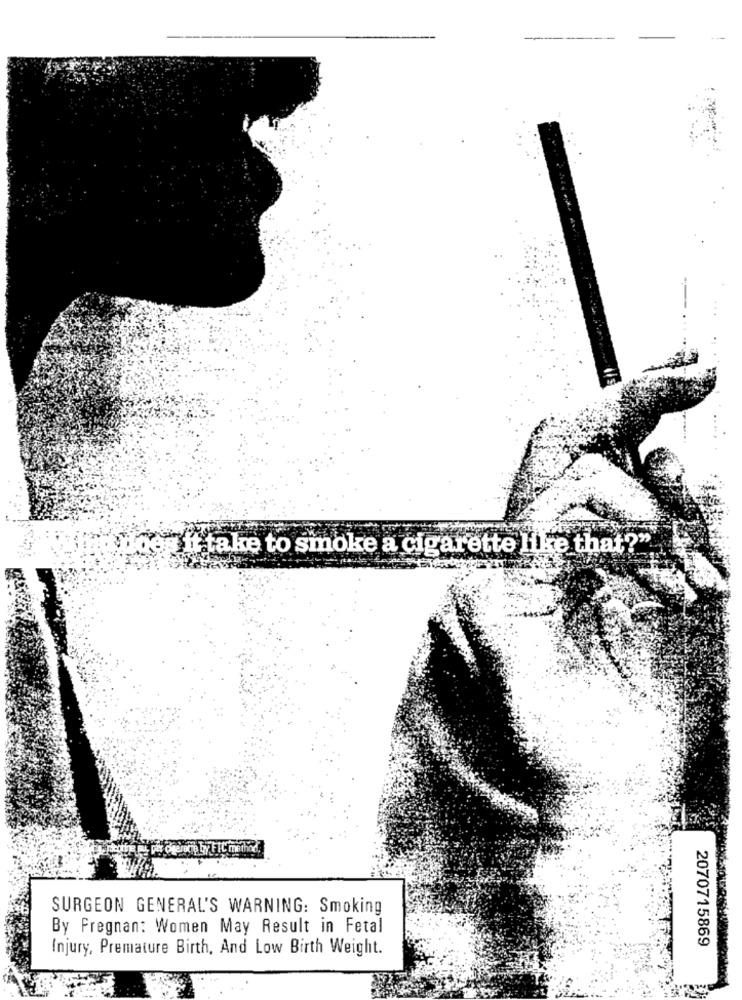
it take to smoke a cigarette like that?"
SURGEON GENERAL'S WARNING: Smoking
By Fregnan: Women May Result in Fetal
2070715869
Injury, Premature Birth, And Low Birth Weight.